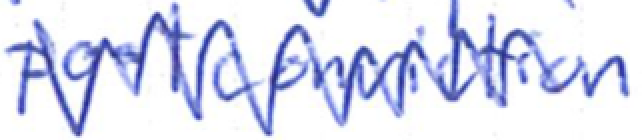
Text: postconviction
Cross-out: zig-zag
Writing tool: ballpoint